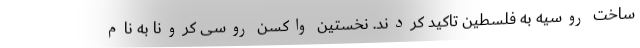
ساخت روسیه به فلسطین تاکید کردند. نخستین واکسن روسی کرونا به نام